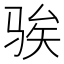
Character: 𫘤